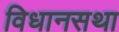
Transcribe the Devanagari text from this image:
विधानसथा